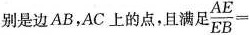
别是边AB，AC上的点，且满足$$\frac { A E } { E B } =